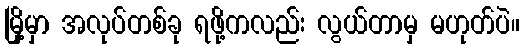
မြို့မှာ အလုပ်တစ်ခု ရဖို့ကလည်း လွယ်တာမှ မဟုတ်ပဲ။